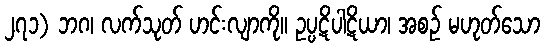
၂၇၁) ဘဂ၊ လက်သုတ် ဟင်းလျာကို။ ဥပ္ပဋိပါဋိယာ၊ အစဉ် မဟုတ်သော